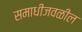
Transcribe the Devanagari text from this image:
समाधीजवळील